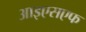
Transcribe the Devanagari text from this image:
आइएसएफ